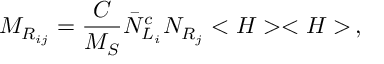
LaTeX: M _ { R _ { i j } } = { \frac { C } { M _ { S } } } { \bar { N } } _ { L _ { i } } ^ { c } N _ { R _ { j } } < H > < H > \, ,